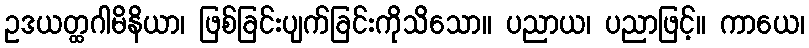
ဥဒယတ္ထဂါမိနိယာ၊ ဖြစ်ခြင်းပျက်ခြင်းကိုသိသော။ ပညာယ၊ ပညာဖြင့်။ ကာယေ၊